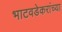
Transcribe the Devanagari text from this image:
भाटवडेकरांच्या